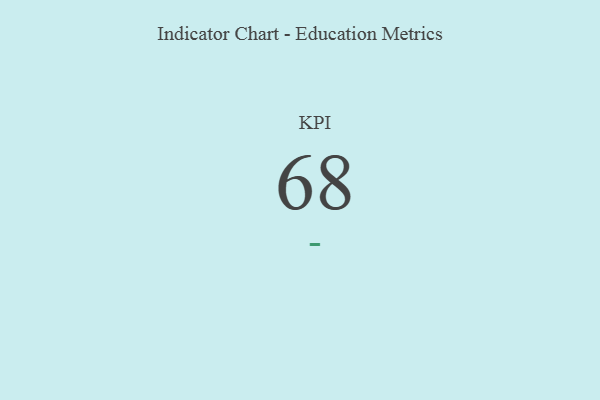
{"axis": {"x": "KPI", "y": "Value"}, "legend": [""], "data": [{"x": "KPI", "y": 68, "type": ""}]}